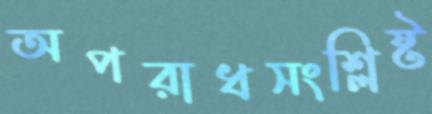
অপরাধসংশ্লিষ্ট